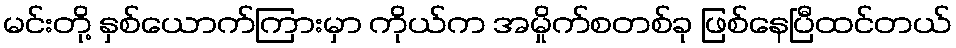
မင်းတို့ နှစ်ယောက်ကြားမှာ ကိုယ်က အမှိုက်စတစ်ခု ဖြစ်နေပြီထင်တယ်